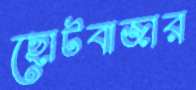
ছোটবাজার